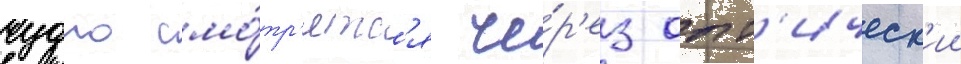
чудно смо́тр'ятс'я че́р'ез опт'ическ'ии